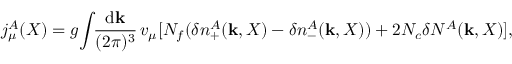
j _ { \mu } ^ { A } ( X ) = g \! \int \! \! \frac { \mathrm { d } { \mathbf k } } { ( 2 \pi ) ^ { 3 } } \, v _ { \mu } [ N _ { f } ( \delta n _ { + } ^ { A } ( { \mathbf k } , X ) - \delta n _ { - } ^ { A } ( { \mathbf k } , X ) ) + 2 N _ { c } \delta N ^ { A } ( { \mathbf k } , X ) ] ,